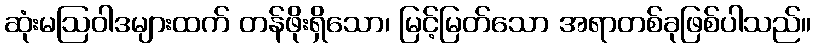
ဆုံးမဩဝါဒများထက် တန်ဖိုးရှိသော၊ မြင့်မြတ်သော အရာတစ်ခုဖြစ်ပါသည်။